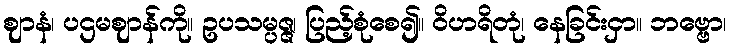
ဈာနံ၊ ပဌမဈာန်ကို။ ဥပသမ္ပဇ္ဇ၊ ပြည့်စုံစေ၍။ ဝိဟရိတုံ၊ နေခြင်းငှာ။ ဘဗ္ဗော၊